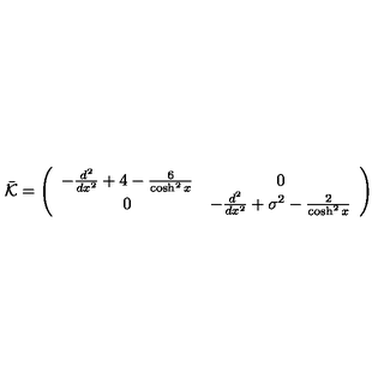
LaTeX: \bar { \cal K } = \left( \begin{array} { c c } { - \frac { d ^ { 2 } } { d x ^ { 2 } } + 4 - \frac { 6 } { \cosh ^ { 2 } x } } & { 0 } \\ { 0 } & { - \frac { d ^ { 2 } } { d x ^ { 2 } } + \sigma ^ { 2 } - \frac { 2 } { \cosh ^ { 2 } x } } \\ \end{array} \right)